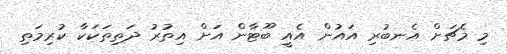
މި މެޗަށް އެނބުރި އައުން އެއީ ބޫޓާން އަށް އިތުރު ދަތިތަކަކާ ކުރިމަތި